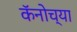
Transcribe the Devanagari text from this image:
कॅनोच्या